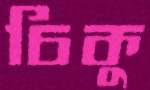
চিকু